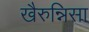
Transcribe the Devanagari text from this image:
खैरुन्निसा